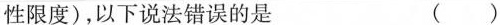
性限度)，以下说法错误的是 ()